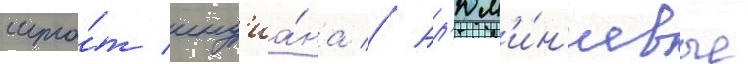
шта́т инд'иа́на // Ал'юм'и́н'иевые